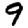
Digit: 9